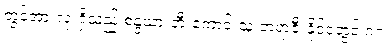
တွင်အားလုံးရှိသည် စန္ဒယားတီးကောင်းသူ ဘရာဇီးနိုင်ငံတွင် ဂဂ